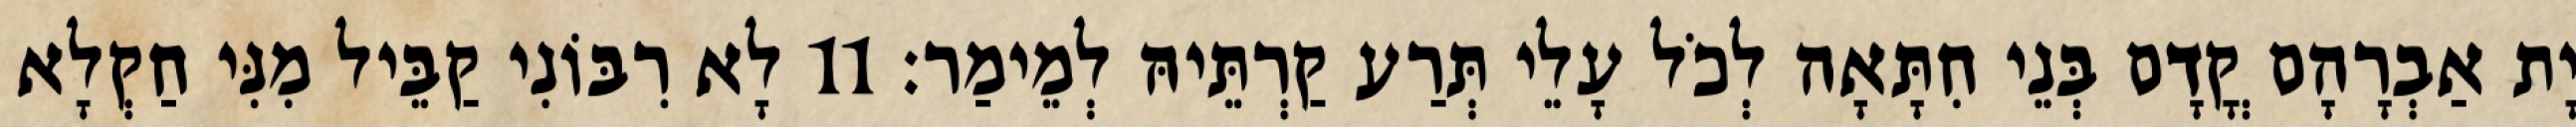
יָת אַבְרָהָם קֳדָם בְּנֵי חִתָּאָה לְכֹל עָלֵי תְּרַע קַרְתֵּיהּ לְמֵימַר׃ 11 לָא רִבּוֹנִי קַבֵּיל מִנִּי חַקְלָא